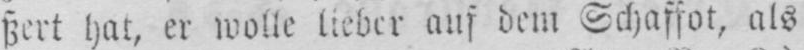
ßert hat, er wolle lieber auf dem Schaffot, als